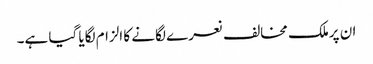
ان پرملک مخالف نعرے لگانے کا الزام لگایا گیا ہے۔